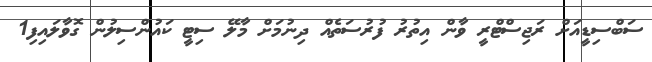
ސަބްސިޑީއަށް ރަޖިސްޓްރީ ވާން އިތުރު ފުރުސަތެއް ދިނުމަށް މާލޭ ސިޓީ ކައުންސިލުން ގޮވާލައިފި1